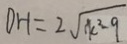
D H = 2 \sqrt { k ^ { 2 } - 9 }